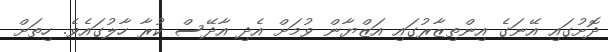
ދޮށުގައި އޭނަގެ އިންތިޒާރުގައި އަޒްޔާން ވުމަށް އެދި އާދޭސް ކުރާ ހާލުގައެވެ. ހިތަށް